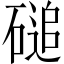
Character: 磓